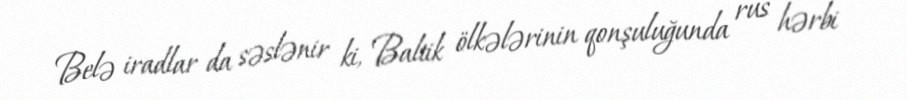
Belə iradlar da səslənir ki, Baltik ölkələrinin qonşuluğunda rus hərbi